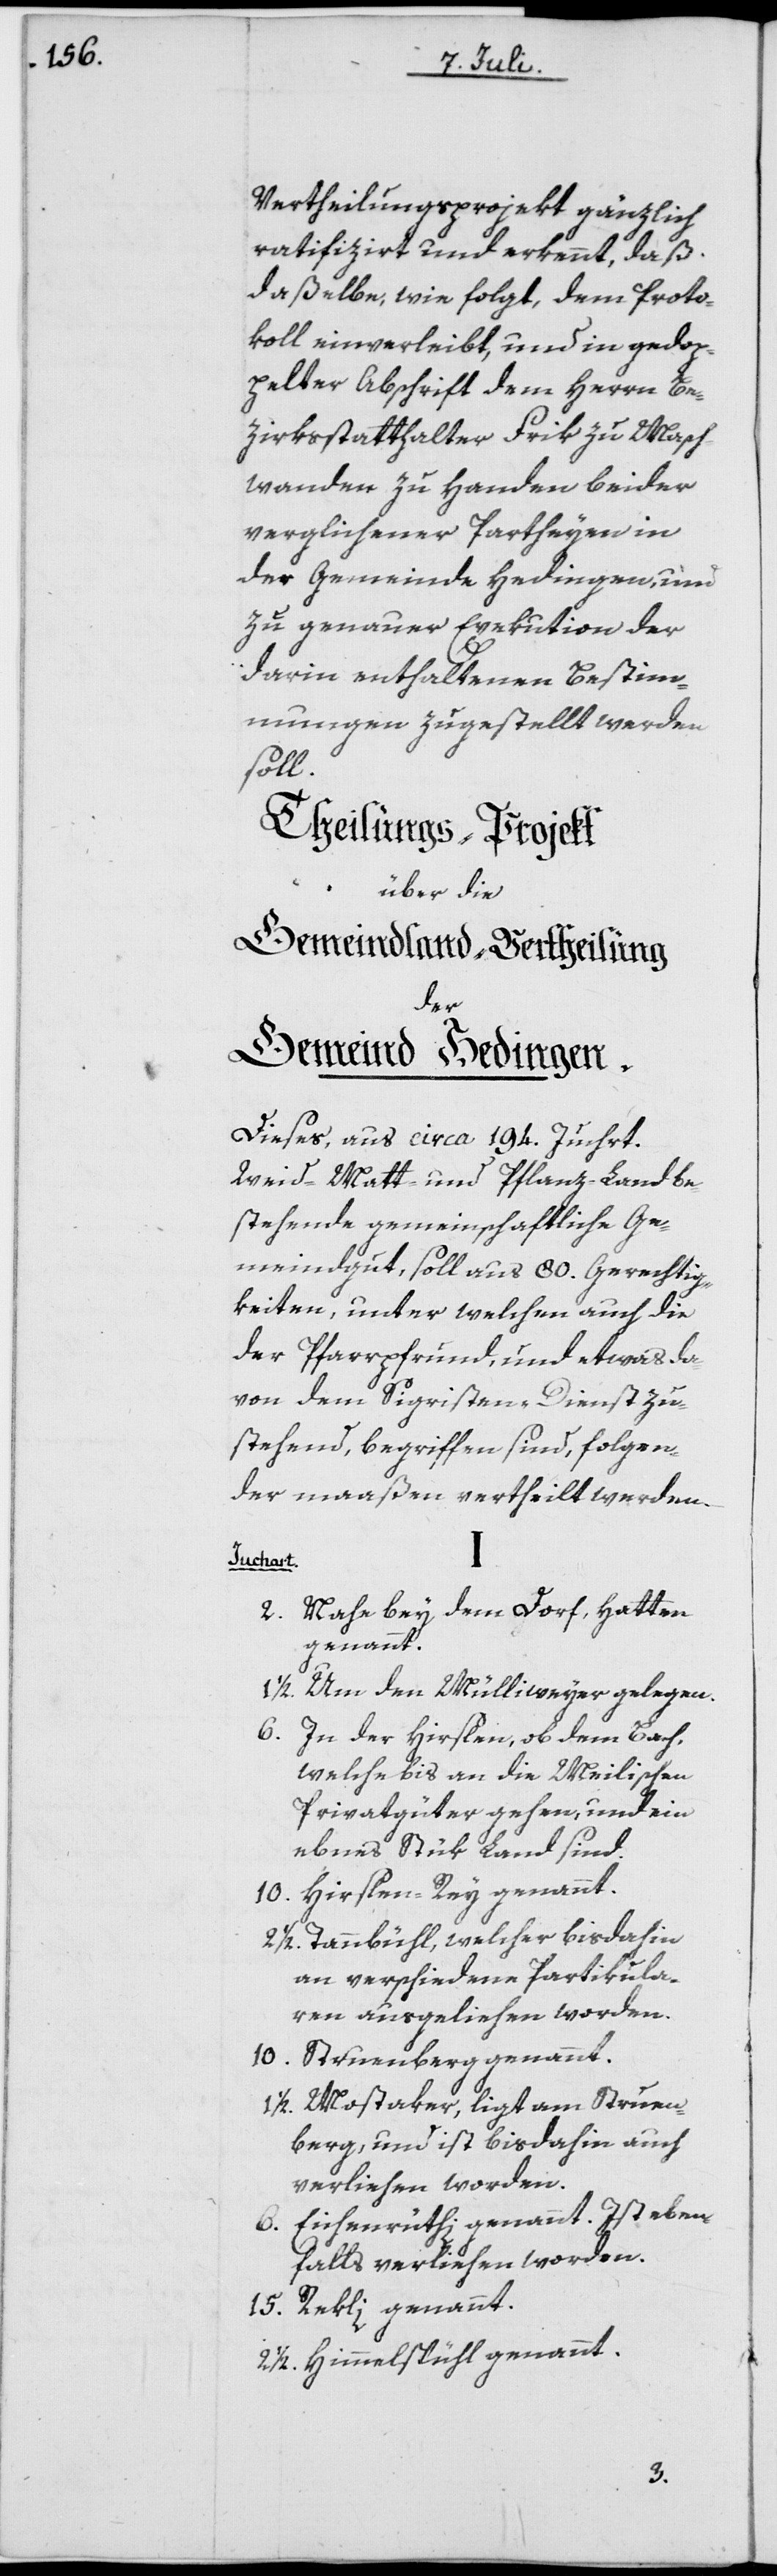
Vertheilungsprojekt gänzlich
ratifizirt und erkennt, daß
daßelbe, wie folgt, dem Proto¬
koll einverleibt, und in gedop¬
pelter Abschrift dem Herrn Be¬
zirksstatthalter Frik zu Masch¬
wanden zu Handen beider
verglichener Partheyen in
der Gemeinde Hedingen, und
zu genauer Exekution der
darin enthaltenen Bestim¬
mungen zugestellt werden
soll.
Theilungs-Pojekt
über die
Gemeindland-Vertheilung
der
Gemeind Hedingen.
Dieses, aus circa 194. Juchrt.
Weid-Matt und Pflanz-Land be¬
stehende gemeinschaftliche Ge¬
meindgut, soll aus 80. Gerechtig¬
keiten, unter welchen auch die
der Pfarrpfrund, und etwas da¬
von dem Sigristen-Dienst zu¬
stehend, begriffen sind, folgen¬
dermaaßen vertheilt werden:
Juchart
Nahe bey dem Dorf, Hatten
genannt.
Um den Mülliweyer gelegen.
In der Hirslen, ob dem Bach,
welche bis an die Meilischen
Privatgüter gehen, und ein
ebnes Stük Land sind.
Hirslen-Rey genannt.
10.
Tannbühl, welcher bis dahin
an verschiedenen Partikula¬
ren ausgeliehen worden.
Struenberg genannt.
Mostaker, ligt am Struen¬
berg, und ist bis dahin auch
verliehen worden.
Eichenrüthi genannt. Ist eben¬
falls verliehen worden.
Rekli genannt.
15.
2.